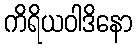
ကိရိယဝါဒိနော